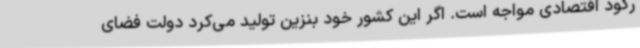
رکود اقتصادی مواجه است. اگر این کشور خود بنزین تولید می‌کرد دولت فضای